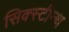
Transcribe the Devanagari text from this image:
सिक्स्टीन्थ